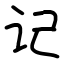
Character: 记